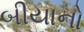
બીયાનો